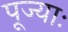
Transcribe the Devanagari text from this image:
पूज्याः